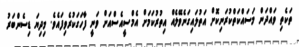
ތަކެތި ވައްދަން މަސައްކަތްކުރަނިކޮށް އަތުލައިގަނެވޭލެއް އިތުރުކަމަށް އެމްސީއެސްއަށް ވަނީ ފާހަގަކުރެވިފައެވެ. މިދިޔަ ޑިސެންބަރު